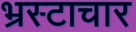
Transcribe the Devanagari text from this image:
भ्रस्टाचार